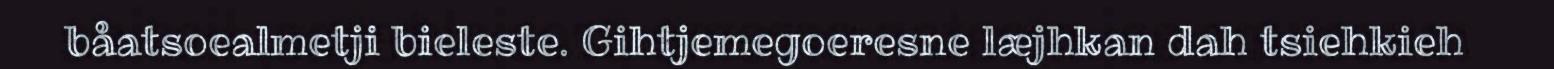
båatsoealmetji bieleste. Gihtjemegoeresne læjhkan dah tsiehkieh